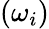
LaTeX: \left(\omega_{i}\right)